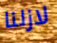
لازلنا